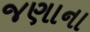
જણાના